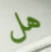
هل